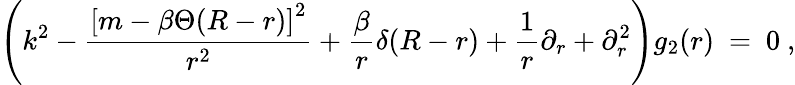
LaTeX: \left(k^{2}-\frac{\left[m-\beta\Theta(R-r)\right]^{2}}{r^{2}}+\frac{\beta}{r}\delta(R-r)+\frac 1r\partial_{r}+\partial_{r}^{2}\right)g_{2}(r)\ =\ 0\ ,